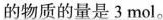
的物质的量是3mol。